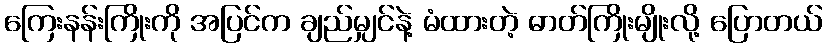
ကြေးနန်းကြိုးကို အပြင်က ချည်မျှင်နဲ့ မံထားတဲ့ ဓာတ်ကြိုးမျိုးလို့ ပြောတယ်